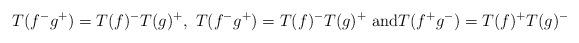
LaTeX: \begin{align*}T(f^{-}g^{+})=T(f)^{-}T(g)^{+},\ T(f^{-}g^{+})=T(f)^{-}T(g)^{+}\text{ and}T(f^{+}g^{-})=T(f)^{+}T(g)^{-}\end{align*}